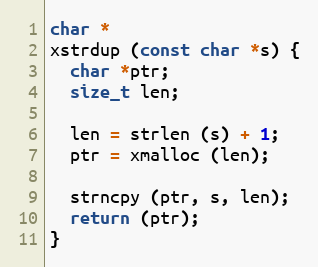
Language: C
char *
xstrdup (const char *s) {
  char *ptr;
  size_t len;

  len = strlen (s) + 1;
  ptr = xmalloc (len);

  strncpy (ptr, s, len);
  return (ptr);
}